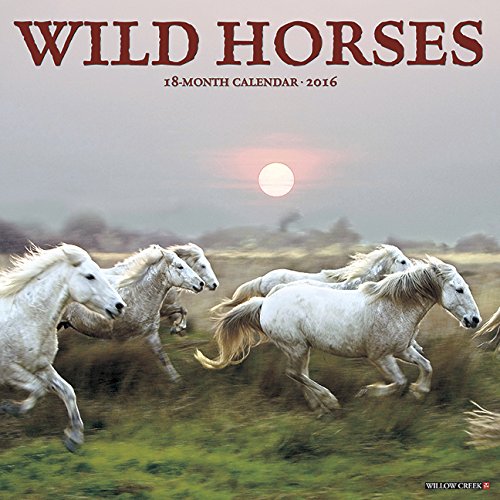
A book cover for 2016 Wild Horses Wall Calendar (Multilingual Edition); Willow Creek Press; Calendars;